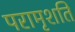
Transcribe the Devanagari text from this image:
परामृशति